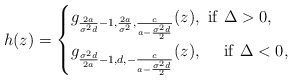
\begin{align*}h(z)=\begin{cases}g_{\frac{2a}{\sigma^2d}-1,\frac{2a}{\sigma^2},\frac{c}{a-\frac{\sigma^2d}{2}}}(z), \ \rm{if} \ \Delta > 0, \\g_{\frac{\sigma^2d}{2a}-1,d,-\frac{c}{a-\frac{\sigma^2d}{2}}}(z), \ \ \ \ \rm{if} \ \Delta < 0,\end{cases}\\\end{align*}